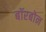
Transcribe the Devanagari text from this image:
बॉरबोन